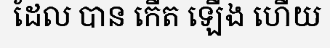
ដែល បាន កើត ឡើង ហើយ